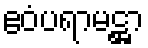
ဧဝံပရာမဋ္ဌာ